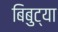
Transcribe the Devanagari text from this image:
बिबुट्या